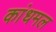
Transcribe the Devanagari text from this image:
कांधमल